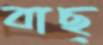
বাছ্‌